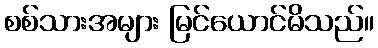
စစ်သားအများ မြင်ယောင်မိသည်။